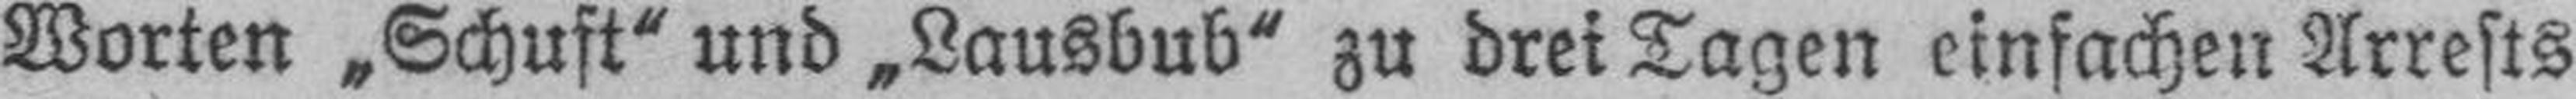
Worten „Schuft“ und „Lausbub“ zu drei Tagen einfachen Arrests